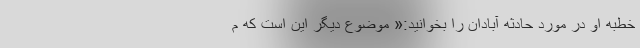
خطبه او در مورد حادثه آبادان را بخوانید:« موضوع دیگر این است که م